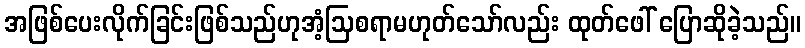
အဖြစ်ပေးလိုက်ခြင်းဖြစ်သည်ဟုအံ့ဩစရာမဟုတ်သော်လည်း ထုတ်ဖေါ် ပြောဆိုခဲ့သည်။